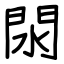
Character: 閖